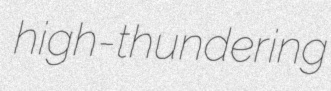
high-thundering